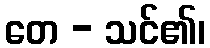
တေ - သင်၏၊